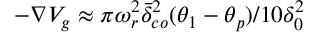
- \nabla V _ { g } \approx \pi \omega _ { r } ^ { 2 } \bar { \delta } _ { c o } ^ { 2 } ( \theta _ { 1 } - \theta _ { p } ) / 1 0 \delta _ { 0 } ^ { 2 }